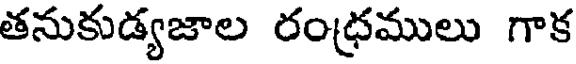
తనుకుడ్యజాల రంధ్రములు గాక